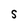
Character: S